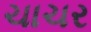
ચાચર